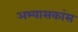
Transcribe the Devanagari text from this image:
अभ्यासकांस